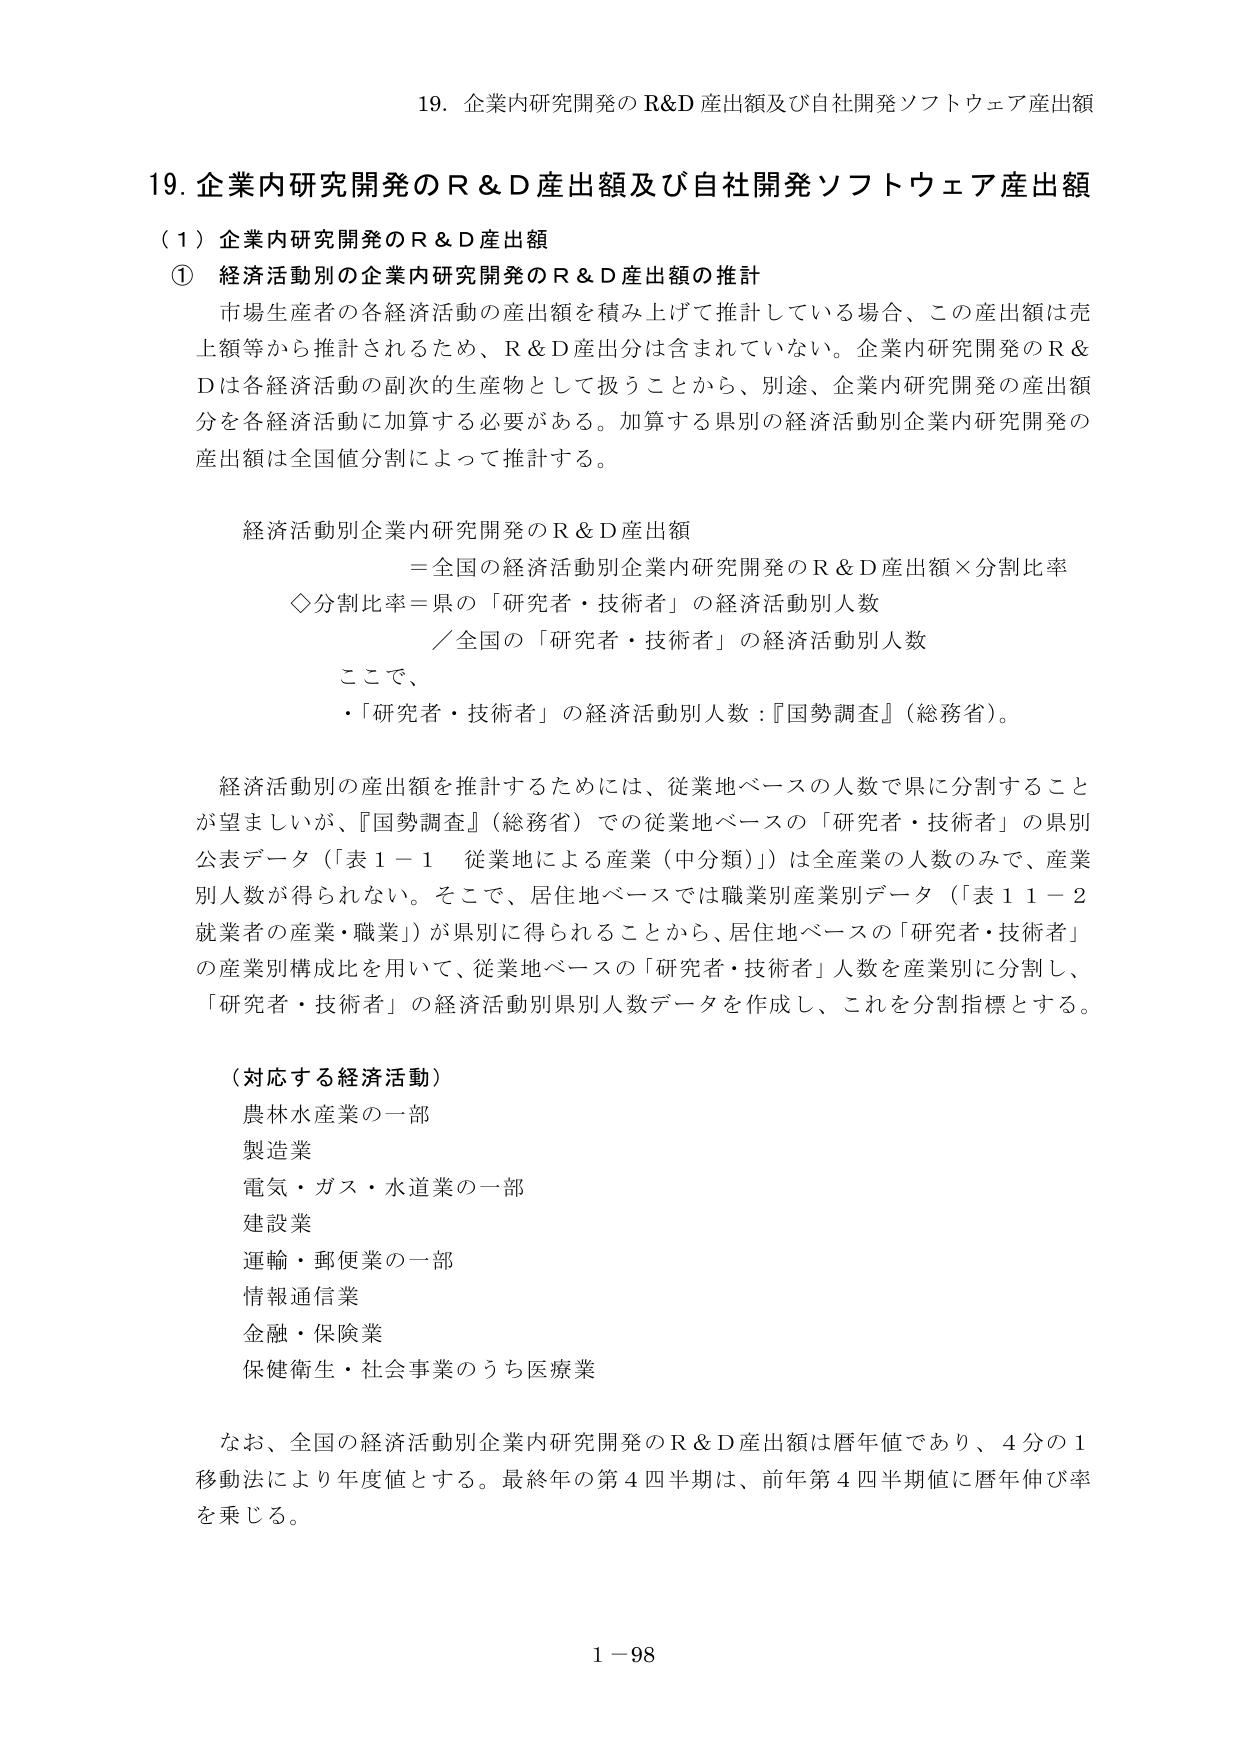
19. 企業内研究開発の R&D 産出額及び自社開発ソフトウェア産出額

19. 企業内研究開発の R & D 産出額及び自社開発ソフトウェア産出額

（1）企業内研究開発の R & D 産出額

① 経済活動別の企業内研究開発の R & D 産出額の推計

市場生産者の各経済活動の産出額を積み上げて推計している場合、この産出額は売上額等から推計されるため、R & D 産出分は含まれていない。企業内研究開発の R & D は各経済活動の副次的生産物として扱うことから、別途、企業内研究開発の産出額分を各経済活動に加算する必要がある。加算する県別の経済活動別企業内研究開発の産出額は全国値分割によって推計する。

経済活動別企業内研究開発の R & D 産出額
＝全国の経済活動別企業内研究開発の R & D 産出額×分割比率
◇分割比率＝県の「研究者・技術者」の経済活動別人数
／全国の「研究者・技術者」の経済活動別人数

ここで、
・「研究者・技術者」の経済活動別人数：『国勢調査』（総務省）。

経済活動別の産出額を推計するためには、従業地ベースの人数で県に分割することが望ましいが、『国勢調査』（総務省）での従業地ベースの「研究者・技術者」の県別公表データ（「表１－１ 従業地による産業（中分類）」）は全産業の人数のみで、産業別人数が得られない。そこで、居住地ベースでは職業別産業別データ（「表１１－２ 就業者の産業・職業」）が県別に得られることから、居住地ベースの「研究者・技術者」の産業別構成比を用いて、従業地ベースの「研究者・技術者」人数を産業別に分割し、「研究者・技術者」の経済活動別県別人数データを作成し、これを分割指標とする。

（対応する経済活動）
農林水産業の一部
製造業
電気・ガス・水道業の一部
建設業
運輸・郵便業の一部
情報通信業
金融・保険業
保健衛生・社会事業のうち医療業

なお、全国の経済活動別企業内研究開発の R & D 産出額は暦年値であり、4分の1移動法により年度値とする。最終年の第4四半期は、前年第4四半期値に暦年伸び率を乗じる。

1－98